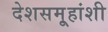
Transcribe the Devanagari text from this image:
देशसमू्हांशी